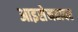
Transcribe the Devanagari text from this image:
आइसेनहावर